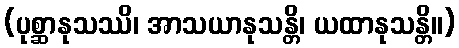
(ပုစ္ဆာနုသဿိ၊ အာသယာနုသန္တိ၊ ယထာနုသန္တိ။)